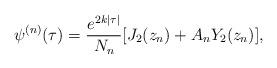
LaTeX: \begin{align*}\psi^{(n)}(\tau)=\frac{e^{2k|\tau|}}{N_{n}}[J_{2}(z_{n})+A_{n}Y_{2}(z_{n})],\end{align*}